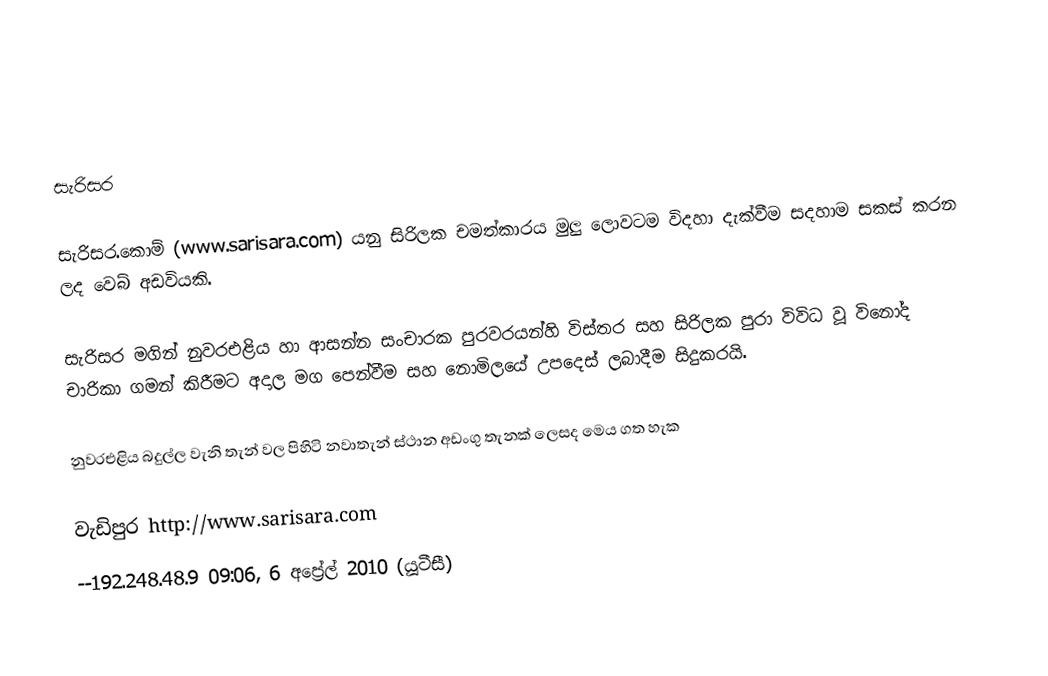

සැරිසර

සැරිසර.කොම් (www.sarisara.com) යනු සිරිලක චමත්කාරය මුලු ලොවටම විදහා දැක්වීම සදහාම සකස් කරන ලද වෙබ් අඩවියකි.

සැරිසර මගින් නුවරඑළිය හා ආසන්න සංචාරක පුරවරයන්හි විස්තර සහ සිරිලක පුරා විවිධ වූ විනෝද චාරිකා ගමන් කිරීමට අදාල මග පෙන්වීම සහ නොමිලයේ උපදෙස් ලබාදීම සිදුකරයි.

නුවරඑළිය බදුල්ල වැනි තැන් වල පිහිටි නවාතැන් ස්ථාන අඩංගු තැනක් ලෙසද මෙය ගත හැක

වැඩිපුර http://www.sarisara.com
--192.248.48.9 09:06, 6 අප්‍රේල් 2010 (යූටීසී)